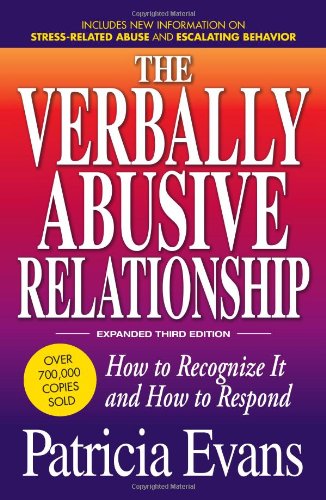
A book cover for The Verbally Abusive Relationship, Expanded Third Edition: How to recognize it and how to respond; Patricia Evans; Parenting & Relationships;